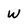
Character: w